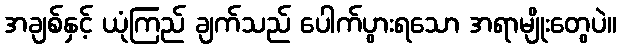
အချစ်နှင့် ယုံကြည် ချက်သည် ပေါက်ပွားရသော အရာမျိုးတွေပဲ။